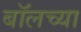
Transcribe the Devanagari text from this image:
बॉलच्या